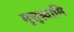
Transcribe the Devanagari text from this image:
मुत्तुस्वामि